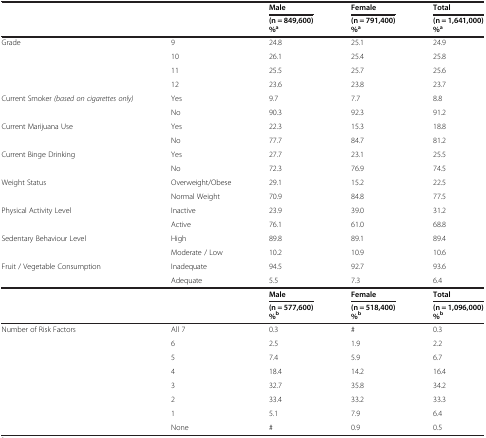
<table><thead><tr><td rowspan="2"><b> </b></td><td rowspan="2"><b> </b></td><td><b>Male</b></td><td><b>Female</b></td><td><b>Total</b></td></tr><tr><td><b>(n = 849,600) %<sup>a</sup></b></td><td><b>(n = 791,400) %<sup>a</sup></b></td><td><b>(n = 1,641,000) %<sup>a</sup></b></td></tr></thead><tbody><tr><td rowspan="4">Grade</td><td>9</td><td>24.8</td><td>25.1</td><td>24.9</td></tr><tr><td>10</td><td>26.1</td><td>25.4</td><td>25.8</td></tr><tr><td>11</td><td>25.5</td><td>25.7</td><td>25.6</td></tr><tr><td>12</td><td>23.6</td><td>23.8</td><td>23.7</td></tr><tr><td rowspan="2">Current Smoker <i>(based on cigarettes only)</i></td><td>Yes</td><td>9.7</td><td>7.7</td><td>8.8</td></tr><tr><td>No</td><td>90.3</td><td>92.3</td><td>91.2</td></tr><tr><td rowspan="2">Current Marijuana Use</td><td>Yes</td><td>22.3</td><td>15.3</td><td>18.8</td></tr><tr><td>No</td><td>77.7</td><td>84.7</td><td>81.2</td></tr><tr><td rowspan="2">Current Binge Drinking</td><td>Yes</td><td>27.7</td><td>23.1</td><td>25.5</td></tr><tr><td>No</td><td>72.3</td><td>76.9</td><td>74.5</td></tr><tr><td rowspan="2">Weight Status</td><td>Overweight/Obese</td><td>29.1</td><td>15.2</td><td>22.5</td></tr><tr><td>Normal Weight</td><td>70.9</td><td>84.8</td><td>77.5</td></tr><tr><td rowspan="2">Physical Activity Level</td><td>Inactive</td><td>23.9</td><td>39.0</td><td>31.2</td></tr><tr><td>Active</td><td>76.1</td><td>61.0</td><td>68.8</td></tr><tr><td rowspan="2">Sedentary Behaviour Level</td><td>High</td><td>89.8</td><td>89.1</td><td>89.4</td></tr><tr><td>Moderate / Low</td><td>10.2</td><td>10.9</td><td>10.6</td></tr><tr><td rowspan="2">Fruit / Vegetable Consumption</td><td>Inadequate</td><td>94.5</td><td>92.7</td><td>93.6</td></tr><tr><td>Adequate</td><td>5.5</td><td>7.3</td><td>6.4</td></tr><tr><td rowspan="2"> </td><td rowspan="2"> </td><td><b>Male</b></td><td><b>Female</b></td><td><b>Total</b></td></tr><tr><td><b>(n = 577,600) %</b><sup><b>b</b></sup></td><td><b>(n = 518,400) %</b><sup><b>b</b></sup></td><td><b>(n = 1,096,000) %</b><sup><b>b</b></sup></td></tr><tr><td rowspan="7">Number of Risk Factors</td><td>All 7</td><td>0.3</td><td>#</td><td>0.3</td></tr><tr><td>6</td><td>2.5</td><td>1.9</td><td>2.2</td></tr><tr><td>5</td><td>7.4</td><td>5.9</td><td>6.7</td></tr><tr><td>4</td><td>18.4</td><td>14.2</td><td>16.4</td></tr><tr><td>3</td><td>32.7</td><td>35.8</td><td>34.2</td></tr><tr><td>2</td><td>33.4</td><td>33.2</td><td>33.3</td></tr><tr><td>1</td><td>5.1</td><td>7.9</td><td>6.4</td></tr><tr><td> </td><td>None</td><td>#</td><td>0.9</td><td>0.5</td></tr></tbody></table>